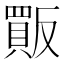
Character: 𧶶